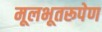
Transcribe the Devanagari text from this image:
मूलभूतरूपेण